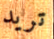
تريد